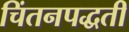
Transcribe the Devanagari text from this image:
चिंतनपद्धती